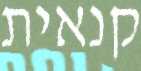
קנאית